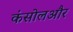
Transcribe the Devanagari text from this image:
कंसोलऔर